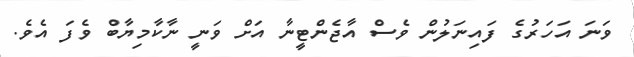
ވަނަ އަހަރުގެ ފައިނަލުން ވެސް އާޖެންޓީނާ އަށް ވަނީ ނާކާމިޔާބް ވެފަ އެވެ.